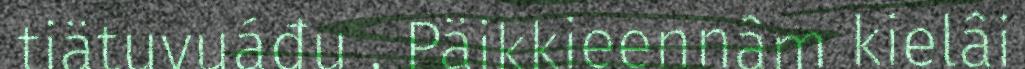
tiätuvuáđu , Päikkieennâm kielâi